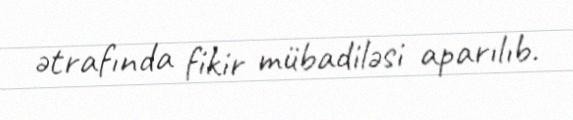
ətrafında fikir mübadiləsi aparılıb.